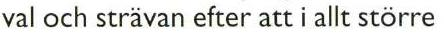
val och strävan efter att i allt större